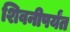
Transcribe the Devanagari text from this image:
शिवनीपर्यंत